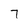
Character: 7